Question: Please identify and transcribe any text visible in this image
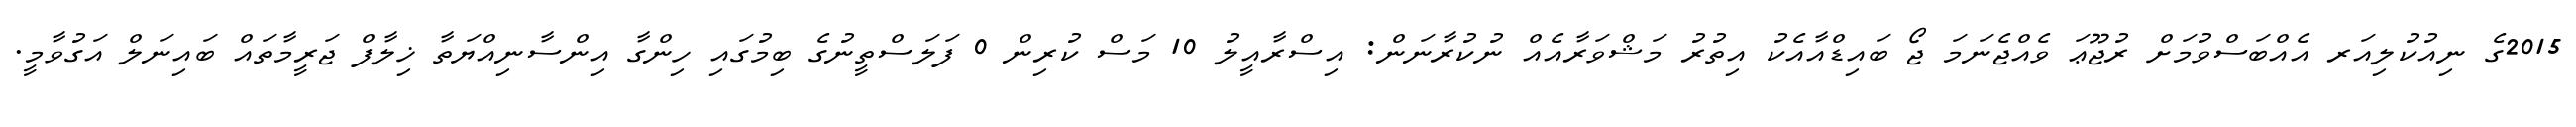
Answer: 2015ގެ ނިއުކުލިއަރ އެއްބަސްވުމަށް ރުޖޫޢަ ވެއްޖެނަމަ ޖޯ ބައިޑްއާއެކު އިތުރު މަޝްވަރާއެއް ނުކުރާނަން: އިސްރާއީލު 10 މަސް ކުރިން 0 ފަލަސްތީނުގެ ބިމުގައި ހިންގާ އިންސާނިއްޔަތާ ޚިލާފް ޖަރީމާތައް ބައިނަލް އަގުވާމީ.